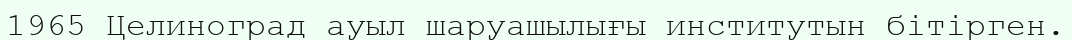
1965 Целиноград ауыл шаруашылығы институтын бітірген.